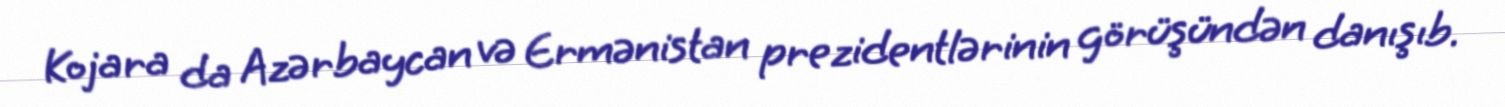
Kojara da Azərbaycan və Ermənistan prezidentlərinin görüşündən danışıb.